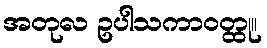
အတုလ ဥပါသကာဝတ္ထု။